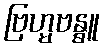
ဗြဟ္မဗန္ဓူ